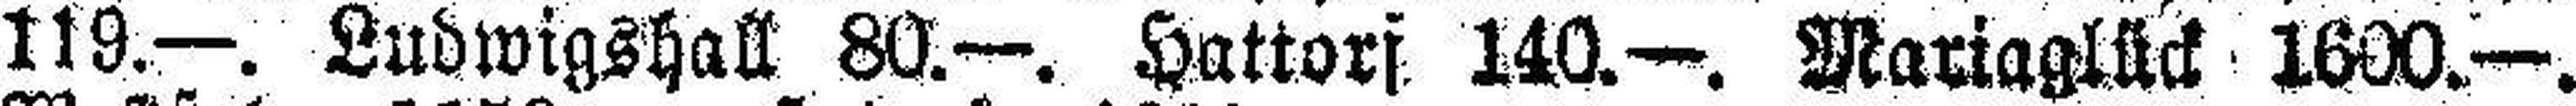
119.—. Ludwigshall 80.—. Hattorf 140.—. Mariaglück 1600.—.